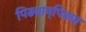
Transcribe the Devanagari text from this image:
पिढ्यान्‌पिढ्या